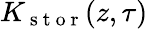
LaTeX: K_{\mathrm{~s~t~o~r~}}(z,\tau)